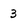
Character: 3